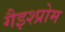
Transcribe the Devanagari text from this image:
गैइश्प्रोम